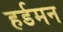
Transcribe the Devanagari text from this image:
हर्डमन